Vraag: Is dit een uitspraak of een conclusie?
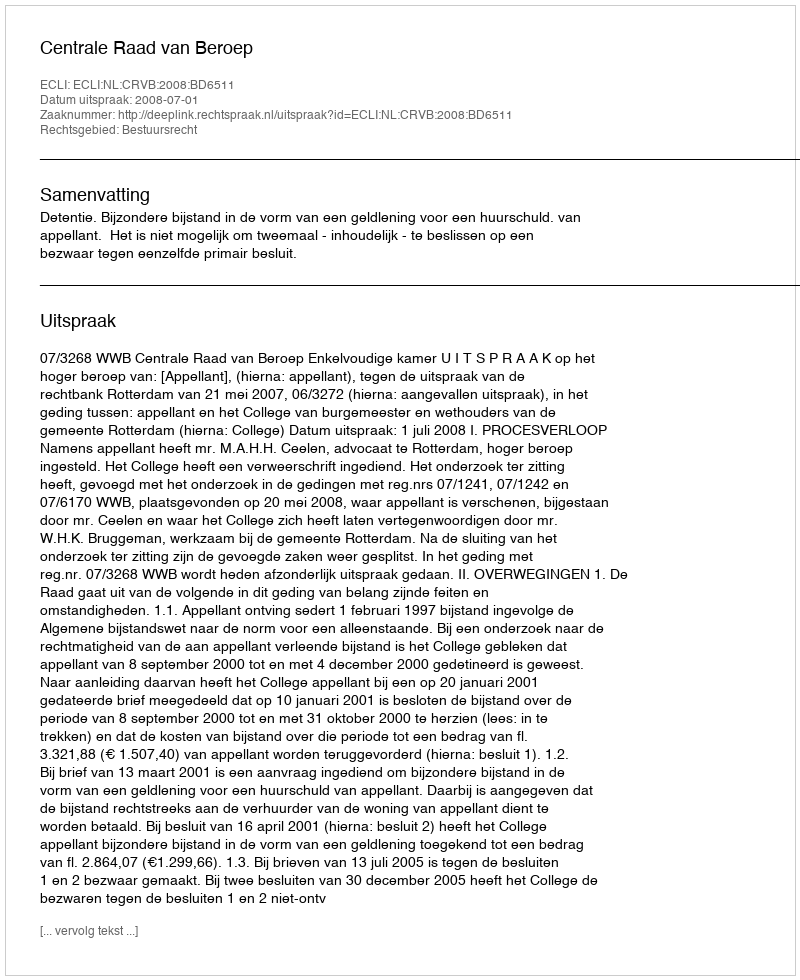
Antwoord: Uitspraak